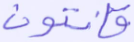
قانتون